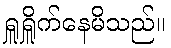
ရှူရှိူက်နေမိသည်။